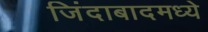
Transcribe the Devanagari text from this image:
जिंदाबादमध्ये